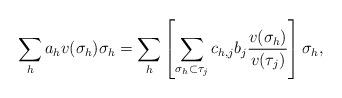
LaTeX: \begin{align*}\sum_h a_h v(\sigma_h) \sigma_h= \sum_h \left[ \sum_{\sigma_h\subset \tau_j} c_{h,j} b_j \frac{v(\sigma_h)}{v(\tau_j)} \right] \sigma_h, \end{align*}